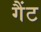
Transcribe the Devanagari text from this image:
गैंट